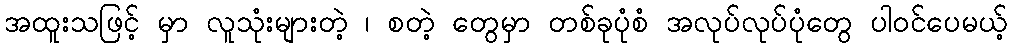
အထူးသဖြင့် မှာ လူသုံးများတဲ့ ၊ စတဲ့ တွေမှာ တစ်ခုပုံစံ အလုပ်လုပ်ပုံတွေ ပါဝင်ပေမယ့်